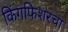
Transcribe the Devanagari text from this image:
किंगफिशरचा